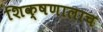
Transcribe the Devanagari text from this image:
शिक्षणालाच